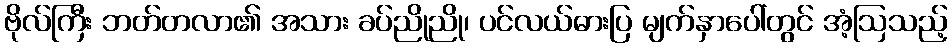
ဗိုလ်ကြီး ဘတ်တလာ၏ အသား ခပ်ညိုညို၊ ပင်လယ်ဓားပြ မျက်နှာပေါ်တွင် အံ့ဩသည့်